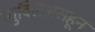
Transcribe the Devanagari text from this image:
न्युक्लिअसहून